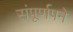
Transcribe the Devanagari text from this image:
संपूर्णपने